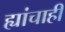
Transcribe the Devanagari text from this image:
ह्यांचाही